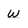
Character: w